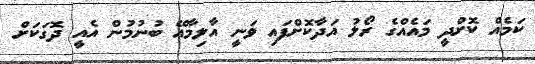
ކަމެއް ކޮށްދީ މައެއްގެ ރޯލު އަދާކޮށްފައި ވަނީ އާލިމާއޭ ބުނުމުން އެއީ ދޮގަކަށް